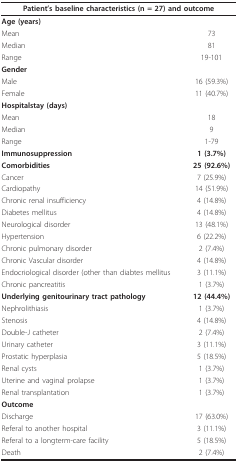
| <COLSPAN=2> Patient's baseline characteristics (n = 27) and outcome |
 | --- | --- |
 | Age (years) |  |
 | Mean | 73 |
 | Median | 81 |
 | Range | 19-101 |
 | Gender |  |
 | Male | 16 (59.3%) |
 | Female | 11 (40.7%) |
 | Hospitalstay (days) |  |
 | Mean | 18 |
 | Median | 9 |
 | Range | 1-79 |
 | Immunosuppression | 1 (3.7%) |
 | Comorbidities | 25 (92.6%) |
 | Cancer | 7 (25.9%) |
 | Cardiopathy | 14 (51.9%) |
 | Chronic renal insufficiency | 4 (14.8%) |
 | Diabetes mellitus | 4 (14.8%) |
 | Neurological disorder | 13 (48.1%) |
 | Hypertension | 6 (22.2%) |
 | Chronic pulmonary disorder | 2 (7.4%) |
 | Chronic Vascular disorder | 4 (14.8%) |
 | Endocriological disorder (other than diabtes mellitus | 3 (11.1%) |
 | Chronic pancreatitis | 1 (3.7%) |
 | Underlying genitourinary tract pathology | 12 (44.4%) |
 | Nephrolithiasis | 1 (3.7%) |
 | Stenosis | 4 (14.8%) |
 | Double-J catheter | 2 (7.4%) |
 | Urinary catheter | 3 (11.1%) |
 | Prostatic hyperplasia | 5 (18.5%) |
 | Renal cysts | 1 (3.7%) |
 | Uterine and vaginal prolapse | 1 (3.7%) |
 | Renal transplantation | 1 (3.7%) |
 | Outcome |  |
 | Discharge | 17 (63.0%) |
 | Referal to another hospital | 3 (11.1%) |
 | Referal to a longterm-care facility | 5 (18.5%) |
 | Death | 2 (7.4%) |